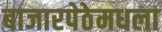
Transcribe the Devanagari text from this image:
बाजारपेठेमधला